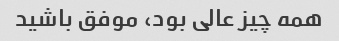
همه چیز عالی بود، موفق باشید